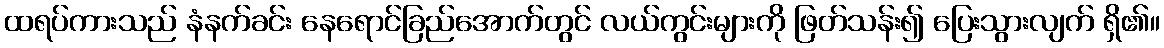
ထရပ်ကားသည် နံနက်ခင်း နေရောင်ခြည်အောက်တွင် လယ်ကွင်းများကို ဖြတ်သန်း၍ ပြေးသွားလျက် ရှိ၏။